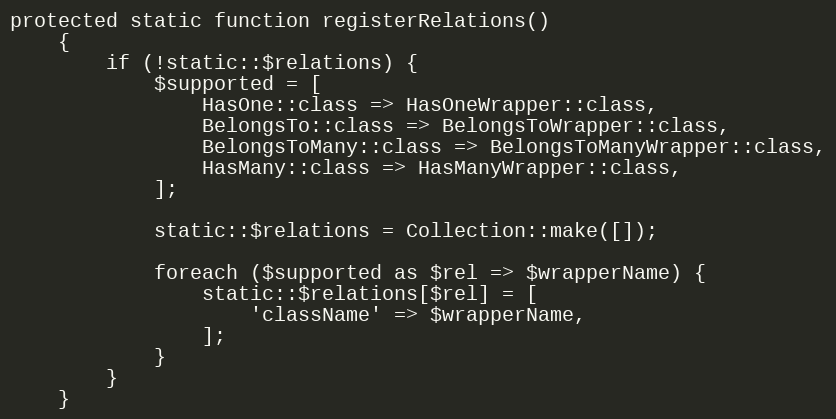
Language: PHP
protected static function registerRelations()
    {
        if (!static::$relations) {
            $supported = [
                HasOne::class => HasOneWrapper::class,
                BelongsTo::class => BelongsToWrapper::class,
                BelongsToMany::class => BelongsToManyWrapper::class,
                HasMany::class => HasManyWrapper::class,
            ];

            static::$relations = Collection::make([]);

            foreach ($supported as $rel => $wrapperName) {
                static::$relations[$rel] = [
                    'className' => $wrapperName,
                ];
            }
        }
    }